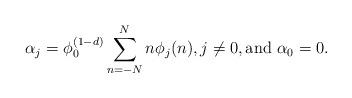
LaTeX: \begin{align*} \alpha_{j} =\phi_0^{(1-d)} \sum_{n=-N}^{N}n \phi_j(n), j\not =0, \textrm{and } \alpha_{0}=0. \end{align*}